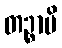
တဉ္စာပိ